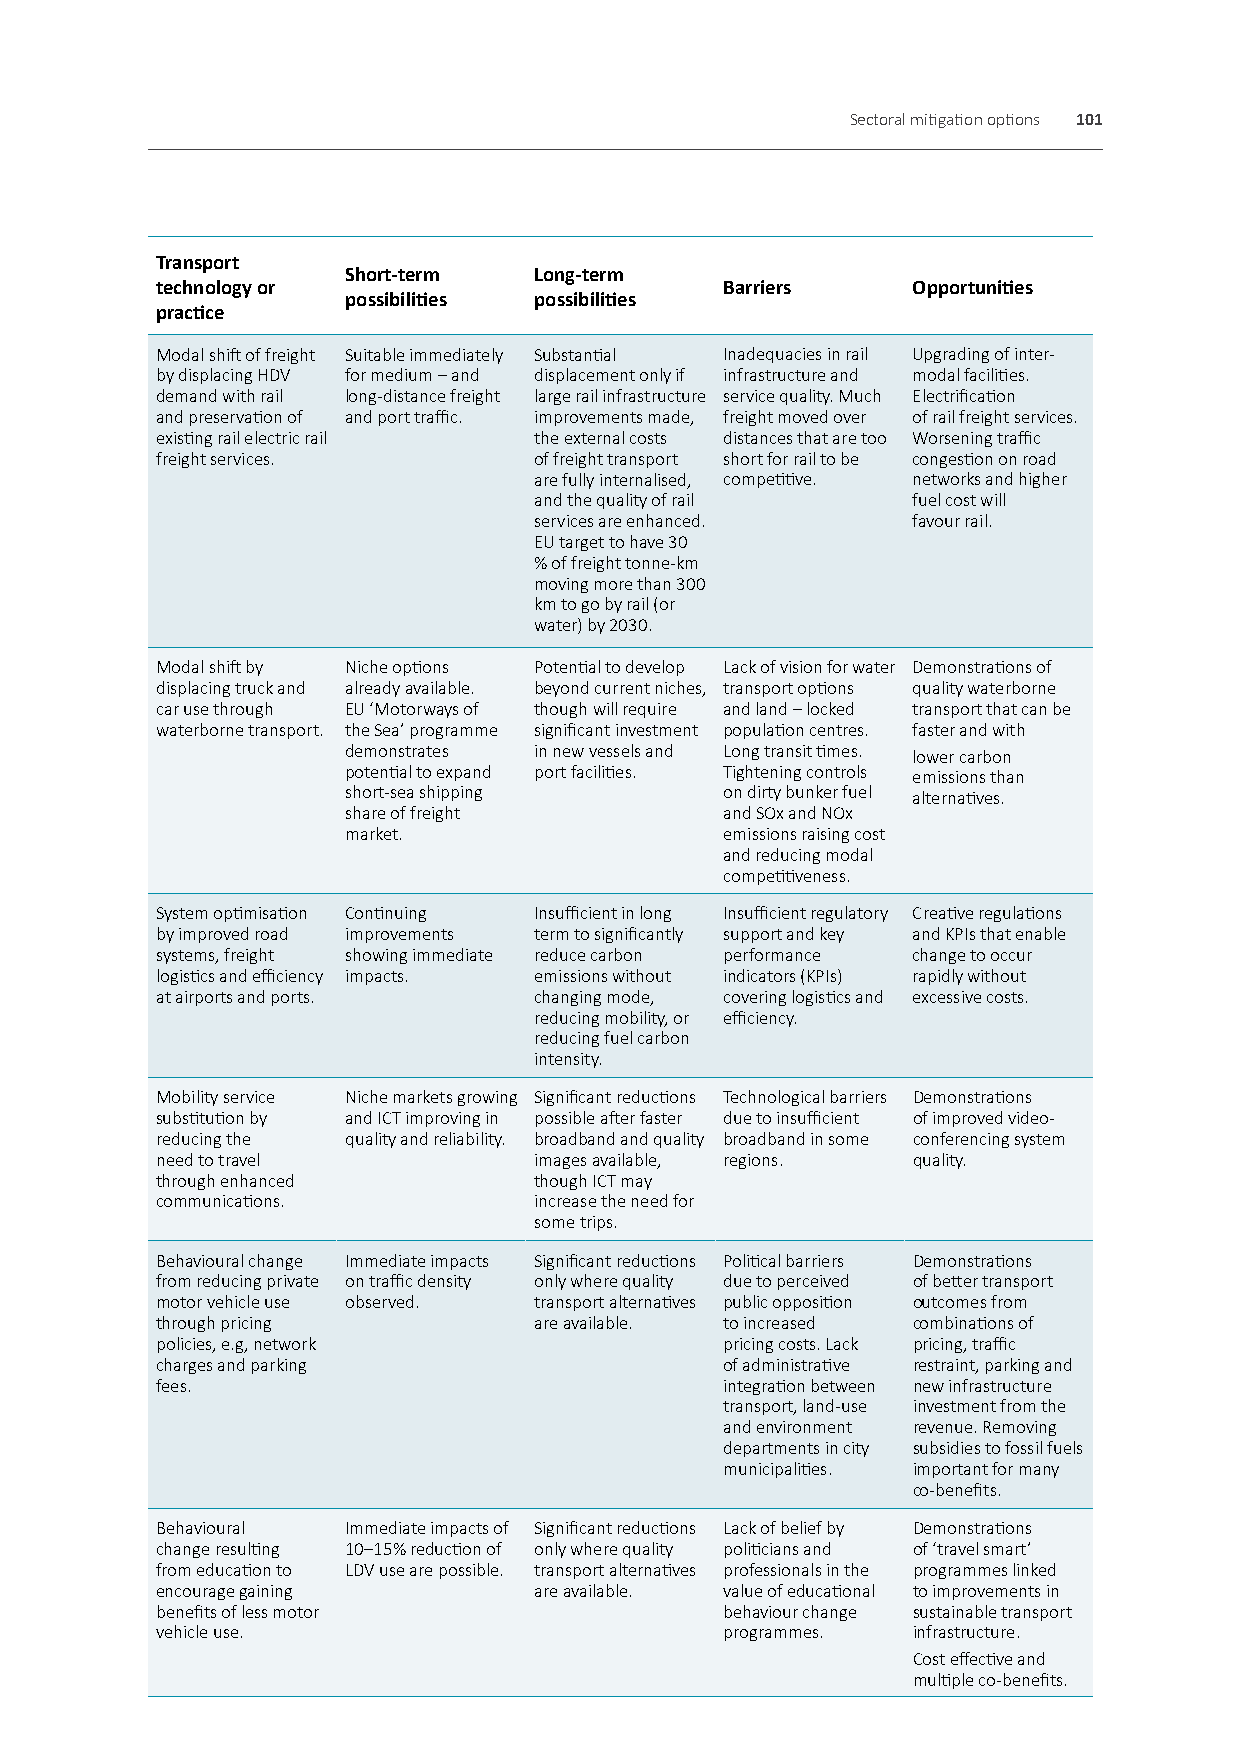
Sectoral mitigation options 101
 Transport
 Short-term  Long-term
 technology or                         Barriers    Opportunities
 possibilities possibilities
 practice
 Modal shift of freight Suitable immediately Substantial Inadequacies in rail Upgrading of inter-
 by displacing HDV for medium – and displacement only if infrastructure and modal facilities.
 demand with rail long-distance freight large rail infrastructure service quality. Much Electrification
 and preservation of and port traffic. improvements made, freight moved over of rail freight services.
 existing rail electric rail the external costs distances that are too Worsening traffic
 freight services.        of freight transport short for rail to be congestion on road
 are fully internalised, competitive. networks and higher
 and the quality of rail  fuel cost will
 services are enhanced.   favour rail.
 EU target to have 30
 % of freight tonne-km
 moving more than 300
 km to go by rail (or
 water) by 2030.
 Modal shift by Niche options Potential to develop Lack of vision for water Demonstrations of
 displacing truck and already available. beyond current niches, transport options quality waterborne
 car use through EU ‘Motorways of though will require and land – locked transport that can be
 waterborne transport. the Sea’ programme significant investment population centres. faster and with
 demonstrates in new vessels and Long transit times. lower carbon
 potential to expand port facilities. Tightening controls emissions than
 short-sea shipping       on dirty bunker fuel alternatives.
 share of freight         and SOx and NOx
 market.                  emissions raising cost
 and reducing modal
 competitiveness.
 System optimisation Continuing Insufficient in long Insufficient regulatory Creative regulations
 by improved road improvements term to significantly support and key and KPIs that enable
 systems, freight showing immediate reduce carbon performance change to occur
 logistics and efficiency impacts. emissions without indicators (KPIs) rapidly without
 at airports and ports.   changing mode, covering logistics and excessive costs.
 reducing mobility, or efficiency.
 reducing fuel carbon
 intensity.
 Mobility service Niche markets growing Significant reductions Technological barriers Demonstrations
 substitution by and ICT improving in possible after faster due to insufficient of improved video-
 reducing the quality and reliability. broadband and quality broadband in some conferencing system
 need to travel           images available, regions. quality.
 through enhanced         though ICT may
 communications.          increase the need for
 some trips.
 Behavioural change Immediate impacts Significant reductions Political barriers Demonstrations
 from reducing private on traffic density only where quality due to perceived of better transport
 motor vehicle use observed. transport alternatives public opposition outcomes from
 through pricing          are available. to increased combinations of
 policies, e.g, network                pricing costs. Lack pricing, traffic
 charges and parking                   of administrative restraint, parking and
 fees.                                 integration between new infrastructure
 transport, land-use investment from the
 and environment revenue. Removing
 departments in city subsidies to fossil fuels
 municipalities. important for many
 co-benefits.
 Behavioural  Immediate impacts of Significant reductions Lack of belief by Demonstrations
 change resulting 10–15% reduction of only where quality politicians and of ‘travel smart’
 from education to LDV use are possible. transport alternatives professionals in the programmes linked
 encourage gaining        are available. value of educational to improvements in
 benefits of less motor                behaviour change sustainable transport
 vehicle use.                          programmes. infrastructure.
 Cost effective and
 multiple co-benefits.